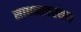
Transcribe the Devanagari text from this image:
साधनावस्था।